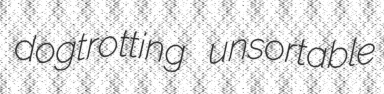
dogtrotting unsortable